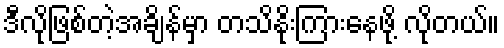
ဒီလိုဖြစ်တဲ့အချိန်မှာ တသိနိုးကြားနေဖို့ လိုတယ်။